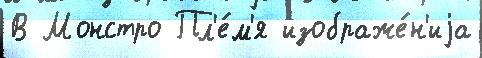
В Монстро Пл'е́м'я изображе́н'иjа